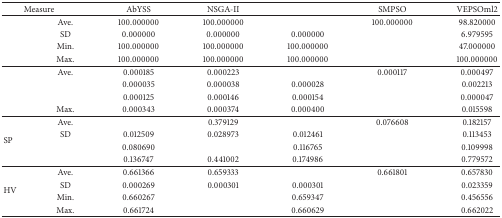
<table><thead><tr><td colspan="2"><b> Measure</b></td><td><b> AbYSS</b></td><td><b> NSGA-II</b></td><td>[EMPTY_CELL]</td><td><b> SMPSO</b></td><td><b> VEPSOml2</b></td></tr></thead><tbody><tr><td rowspan="4">[EMPTY_CELL]</td><td> Ave.</td><td> 100.000000</td><td> 100.000000</td><td>[EMPTY_CELL]</td><td> 100.000000</td><td> 98.820000</td></tr><tr><td> SD</td><td> 0.000000</td><td> 0.000000</td><td> 0.000000</td><td>[EMPTY_CELL]</td><td> 6.979595</td></tr><tr><td> Min.</td><td> 100.000000</td><td> 100.000000</td><td> 100.000000</td><td>[EMPTY_CELL]</td><td> 47.000000</td></tr><tr><td> Max.</td><td> 100.000000</td><td> 100.000000</td><td> 100.000000</td><td>[EMPTY_CELL]</td><td> 100.000000</td></tr><tr><td rowspan="4">[EMPTY_CELL]</td><td> Ave.</td><td> 0.000185</td><td> 0.000223</td><td>[EMPTY_CELL]</td><td> 0.000117</td><td> 0.000497</td></tr><tr><td>[EMPTY_CELL]</td><td> 0.000035</td><td> 0.000038</td><td> 0.000028</td><td>[EMPTY_CELL]</td><td> 0.002213</td></tr><tr><td>[EMPTY_CELL]</td><td> 0.000125</td><td> 0.000146</td><td> 0.000154</td><td>[EMPTY_CELL]</td><td> 0.000047</td></tr><tr><td> Max.</td><td> 0.000343</td><td> 0.000374</td><td> 0.000400</td><td>[EMPTY_CELL]</td><td> 0.015598</td></tr><tr><td rowspan="4"> SP </td><td> Ave.</td><td>[EMPTY_CELL]</td><td> 0.379129</td><td>[EMPTY_CELL]</td><td> 0.076608</td><td> 0.182157</td></tr><tr><td> SD</td><td> 0.012509</td><td> 0.028973</td><td> 0.012461</td><td>[EMPTY_CELL]</td><td> 0.113453</td></tr><tr><td>[EMPTY_CELL]</td><td> 0.080690</td><td>[EMPTY_CELL]</td><td> 0.116765</td><td>[EMPTY_CELL]</td><td> 0.109998</td></tr><tr><td>[EMPTY_CELL]</td><td> 0.136747</td><td> 0.441002</td><td> 0.174986</td><td>[EMPTY_CELL]</td><td> 0.779572</td></tr><tr><td rowspan="4"> HV </td><td> Ave.</td><td> 0.661366</td><td> 0.659333</td><td>[EMPTY_CELL]</td><td> 0.661801</td><td> 0.657830</td></tr><tr><td> SD</td><td> 0.000269</td><td> 0.000301</td><td> 0.000301</td><td>[EMPTY_CELL]</td><td> 0.023359</td></tr><tr><td> Min.</td><td> 0.660267</td><td>[EMPTY_CELL]</td><td> 0.659347</td><td>[EMPTY_CELL]</td><td> 0.456556</td></tr><tr><td> Max.</td><td> 0.661724</td><td>[EMPTY_CELL]</td><td> 0.660629</td><td>[EMPTY_CELL]</td><td> 0.662022</td></tr></tbody></table>